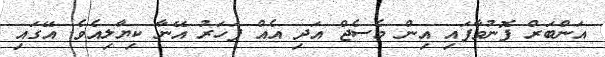
އަންބަރް ފޮނުވާފައި އިން މެސެޖް އަދި އެއް ފަހަރު އޭނާ ކިޔާލިއެވެ. އޭގައި